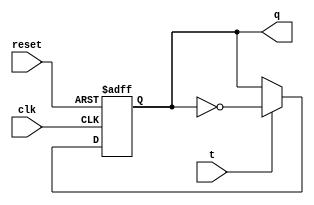
module t_ff(
    input wire clk,
    input wire reset,
    input wire t,
    output reg q
);

always @(posedge clk or posedge reset)
begin
    if (reset)
        q <= 1'b0; // Reset to default state
    else if (t)
        q <= ~q; // Toggle Q if T is high
end

endmodule